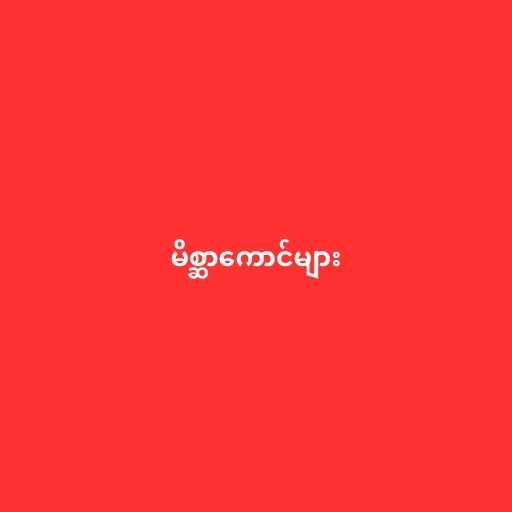
မိစ္ဆာကောင်များ